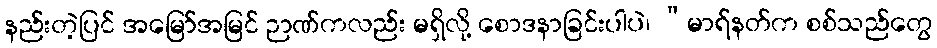
နည်းတဲ့ပြင် အမြော်အမြင် ဉာဏ်ကလည်း မရှိလို့ စောဒနာခြင်းပါပဲ၊ “မာရ်နတ်က စစ်သည်တွေ